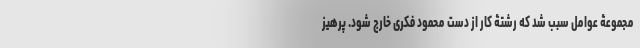
مجموعۀ عوامل سبب شد که رشتۀ کار از دست محمود فکری خارج شود. پرهیز